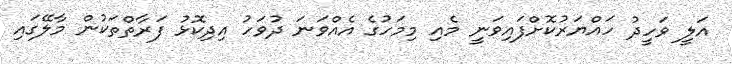
އަލީ ވަހީދު ހައްޔަރުކޮށްފައިވަނީ މެއި މިމަހުގެ އެއްވަނަ ދުވަހު އިދިކޮޅު ފަރާތްތަކުން މާލޭގައި